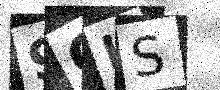
Text: 9GIS